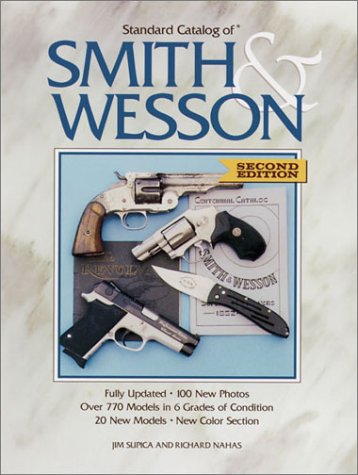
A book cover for Standard Catalog of Smith & Wesson; Jim Supica; Crafts, Hobbies & Home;